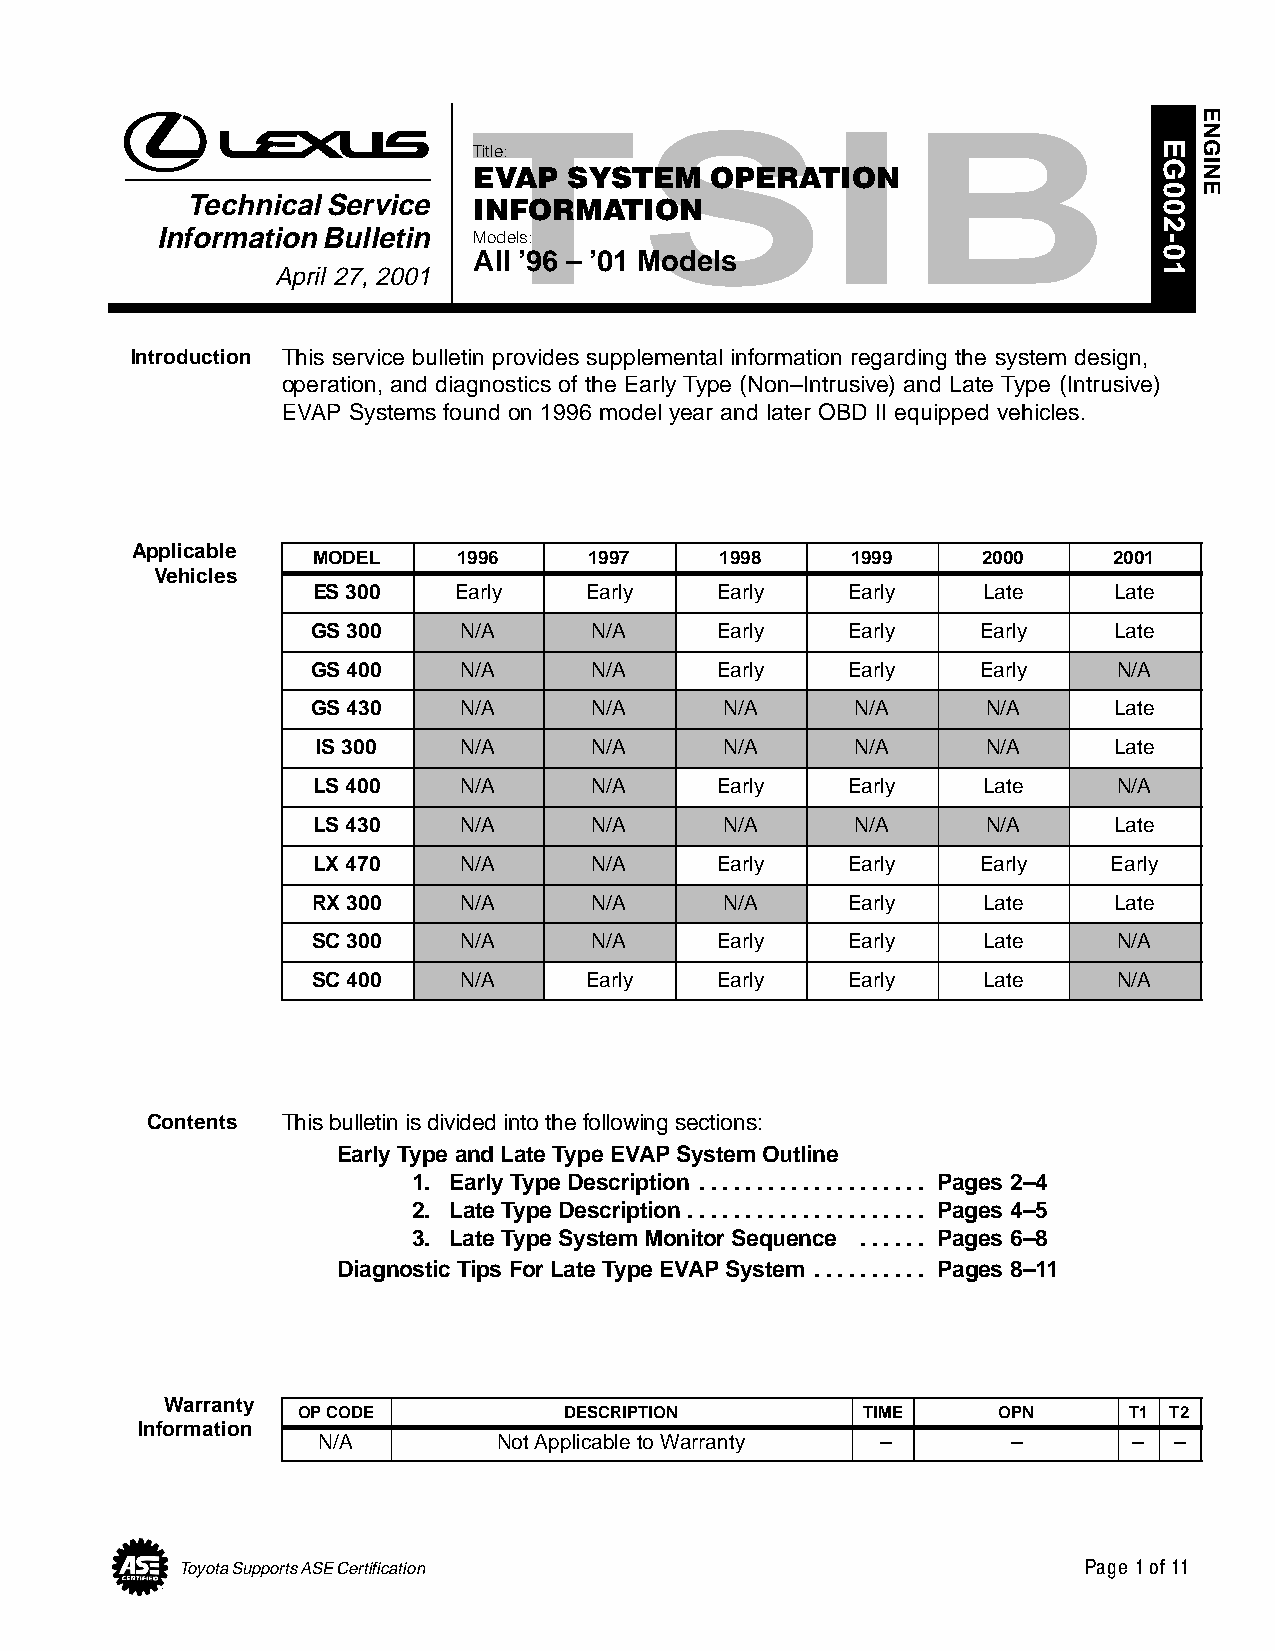
Title:
 EVAP   SYSTEM   OPERATION
 Technical Service  INFORMATION
 Information Bulletin Models:
 All ’96 – ’01 Models
 April 27, 2001
 Introduction This service bulletin provides supplemental information regarding the system design,
 operation, and diagnostics of the Early Type (Non–Intrusive) and Late Type (Intrusive)
 EVAP Systems found on 1996 model year and later OBD II equipped vehicles.
 Applicable
 MODEL    1996     1997     1998    1999     2000     2001
 Vehicles
 ES 300   Early    Early   Early    Early    Late     Late
 GS 300   N/A      N/A     Early    Early    Early    Late
 GS 400   N/A      N/A     Early    Early    Early    N/A
 GS 430   N/A      N/A      N/A      N/A     N/A      Late
 IS 300   N/A      N/A      N/A      N/A     N/A      Late
 LS 400   N/A      N/A     Early    Early    Late     N/A
 LS 430   N/A      N/A      N/A      N/A     N/A      Late
 LX 470   N/A      N/A     Early    Early    Early    Early
 RX 300   N/A      N/A      N/A     Early    Late     Late
 SC 300   N/A      N/A     Early    Early    Late     N/A
 SC 400   N/A      Early   Early    Early    Late     N/A
 Contents This bulletin is divided into the following sections:
 Early Type and Late Type EVAP System Outline
 1. Early Type Description . . . . . . . . . . . . . . . . . . . . Pages 2–4
 2. Late Type Description . . . . . . . . . . . . . . . . . . . . . Pages 4–5
 3. Late Type System Monitor Sequence . . . . . . Pages 6–8
 Diagnostic Tips For Late Type EVAP System . . . . . . . . . . Pages 8–11
 Warranty
 OP CODE          DESCRIPTION         TIME     OPN      T1 T2
 Information
 N/A         Not Applicable to Warranty –      –       –  –
 Page 1 of 11
 Toyota Supports ASE Certification
 EG002-01
 ENGINE